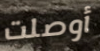
أوصلت